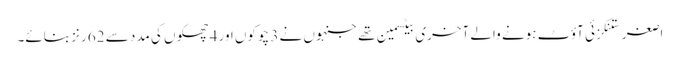
اصغر ستنکزئی آؤٹ ہونے والے آخری بیٹسمین تھے جنہوں نے 3 چوکوں اور 4 چھکوں کی مدد سے 62 رنز بنائے۔